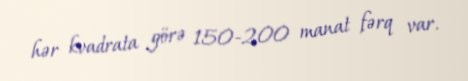
hər kvadrata görə 150-200 manat fərq var.